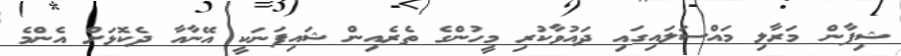
ޝިފާން މަރާލި މައްސަލައިގައި ދައުވާކުރި މީހުންގެ ތެރެއިން ޝައިފަނަކީ އޭނާއާ ދެކޮޅަށް އެންމެ